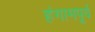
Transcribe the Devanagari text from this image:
हंगामपूर्व